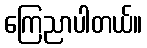
ကြေညာပါတယ်။